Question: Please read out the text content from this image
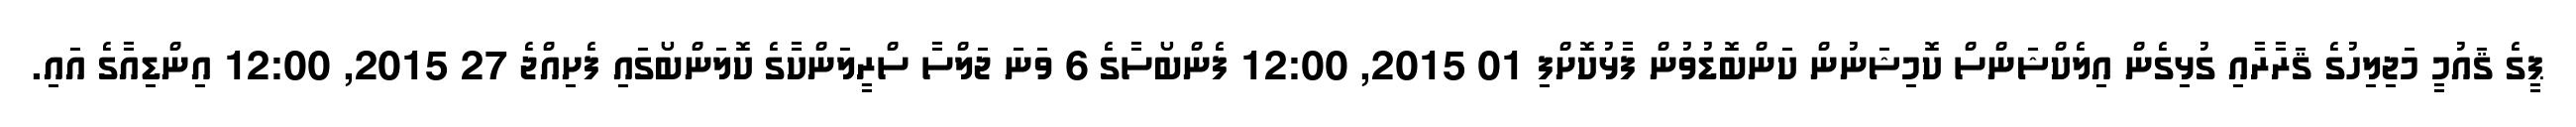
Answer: ޕީގެ ޤައުމީ މަޖިލިހުގެ ޤަރާރާއި ގުޅިގެން އިލެކްޝަންސް ކޮމިޝަނުން ކަންބޮޑުވުން ފާޅުކޮށްފި 01 2015, 12:00 ފެންބޯސާގެ 6 ވަނަ ޖަލްސާ ސްރީލަންކާގެ ކޮލަންބޯގައި ފެށިއްޖެ 27 2015, 12:00 އިންޑިއާގެ އައި.